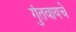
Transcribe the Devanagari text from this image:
गुंतवायचे